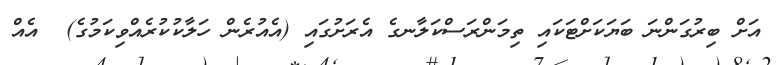
އަށް ބިރުގަންނަ ބަޔަކަށްޓަކައި ތިމަންރަސްކަލާނގެ އެރަށުގައި (އެއުރެން ހަލާކުކުރެއްވިކަމުގެ)  އެއް